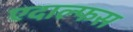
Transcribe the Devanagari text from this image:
एदाल्फस